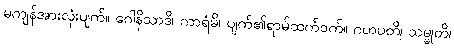
မကျန်အားလုံးပျက်။ ဂေါနိသာဒိ၊ ကာရံမိ၊ ပျက်၏ရာမ်ထက်ဝက်။ ဂဟပတိ၊ သမ္မုတိ၊